Tartu_Linna_ja_Maakonna_Kaitseliit, lk 196
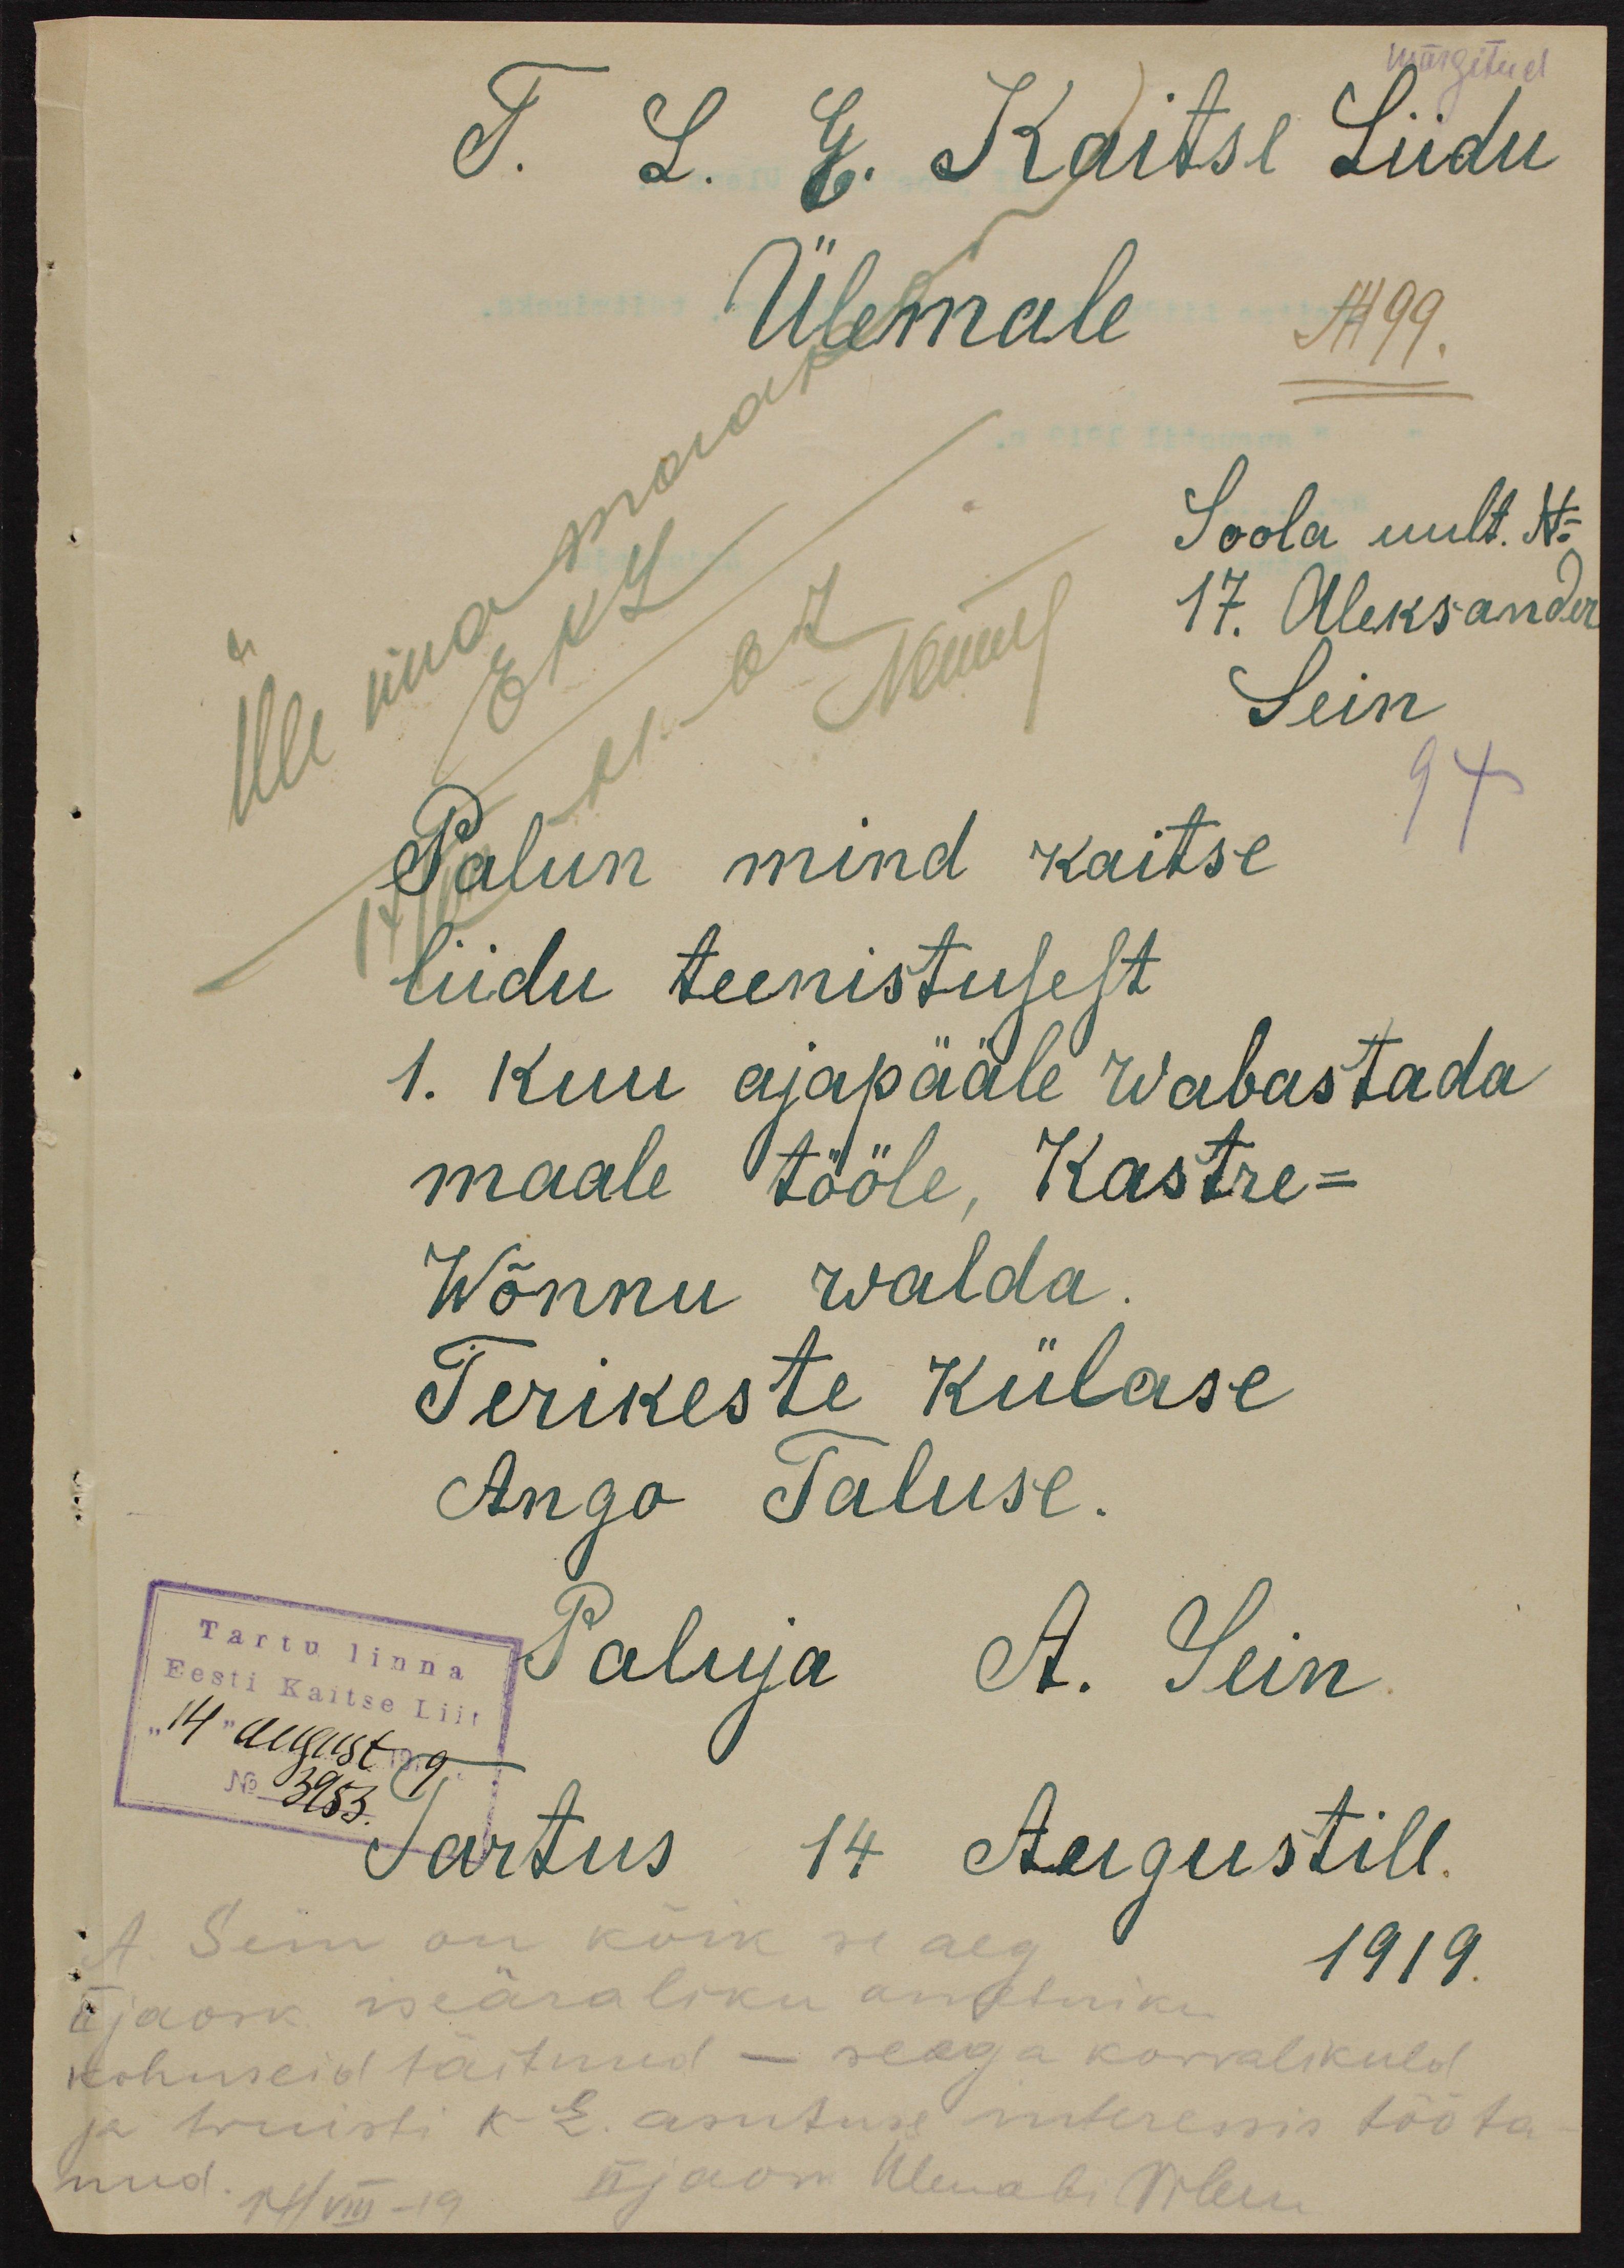
märgitud
T. L. E. Kaitse Liidu
Ülemale
Ülemamaakon
N 99.
Soola uult. No
17. Aleksander
Sein
Palun mind kaitse
liidu teenistusest
1. Kuu ajapääle wabastada
maale tööle, Kastre-
Wõnnu walda
Terikeste külase
Ango Taluse.
Paluja A. Sein
Tartu linna
Eesti Kaitse Liit
14 august 1919
No 3953.
Tartus 14 Augustill.
A. Sein on kõik se aeg. 1919.
II jaosk iseäraliku ametniku
kohuseid täitnud - seega korralikult
ja eriti k.e asutuse interessis tööta-
nud. 19. VII-19 II. jaosk Ülemabi Trleu